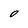
Character: 0